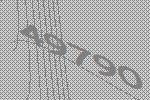
49790